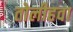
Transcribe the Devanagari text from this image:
तोलीहवा